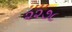
૨૨૭૮